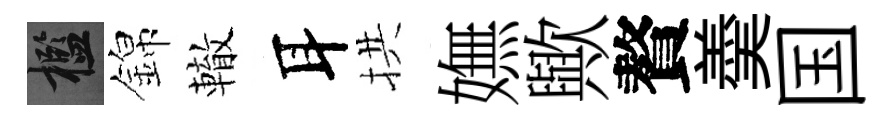
檻錦轍耳拱嫵歟贅羮国